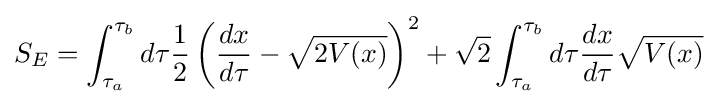
S_{E}=\int _{\tau _{a}}^{\tau _{b}}d\tau {1 \over 2}\left({dx \over d\tau }-{\sqrt {2V(x)}}\right)^{2}+{\sqrt {2}}\int _{\tau _{a}}^{\tau _{b}}d\tau {dx \over d\tau }{\sqrt {V(x)}}